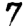
Digit: 7